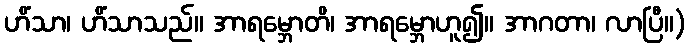
ဟိံသာ၊ ဟိံသာသည်။ အာရမ္ဘောတိ၊ အာရမ္ဘောဟူ၍။ အာဂတာ၊ လာပြီ။)